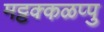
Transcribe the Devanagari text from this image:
मट्टक्कळप्पु